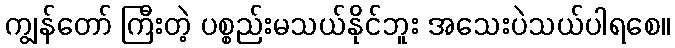
ကျွန်တော် ကြီးတဲ့ ပစ္စည်းမသယ်နိုင်ဘူး အသေးပဲသယ်ပါရစေ။